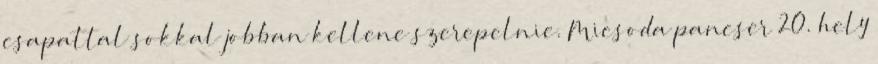
csapattal sokkal jobban kellene szerepelnie. Micsoda pancser 20. hely